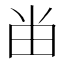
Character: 𰢷